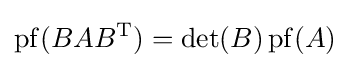
\operatorname {pf} (BAB^{\text{T}})=\det(B)\operatorname {pf} (A)